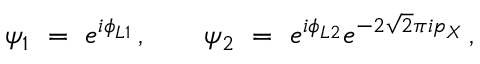
\psi _ { 1 } \ = \ e ^ { i \phi _ { L 1 } } \, , \qquad \psi _ { 2 } \ = \ e ^ { i \phi _ { L 2 } } e ^ { - 2 \sqrt { 2 } \pi i p _ { X } } \, ,